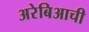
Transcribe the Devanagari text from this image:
अरेबिआची